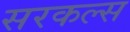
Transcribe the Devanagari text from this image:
सरकल्स